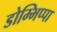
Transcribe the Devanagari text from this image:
डोम्भिप्पा